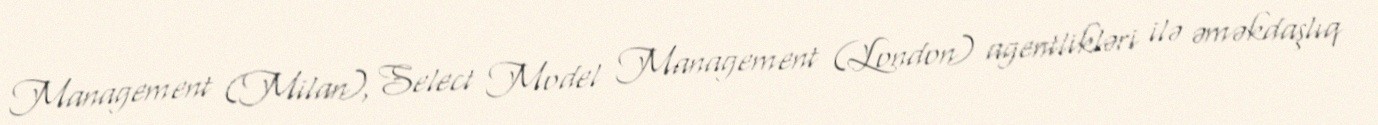
Management (Milan), Select Model Management (London) agentlikləri ilə əməkdaşlıq